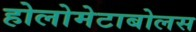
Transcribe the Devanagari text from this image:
होलोमेटाबोलस